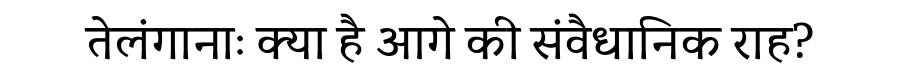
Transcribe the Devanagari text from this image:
तेलंगानाः क्या है आगे की संवैधानिक राह?